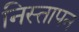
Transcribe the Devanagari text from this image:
निस्तापन